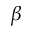
\beta